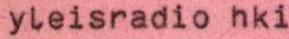
yleisradio hki